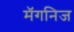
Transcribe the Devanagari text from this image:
मॅगनिज